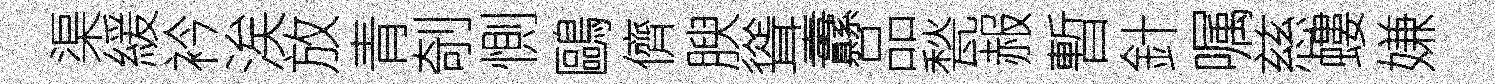
渠緩衿涘放青剞惻鷗儕腴聳纛品甃赧暫針嘱慈螻嫌